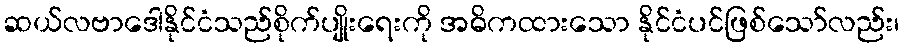
ဆယ်လဗာဒေါနိုင်ငံသည်စိုက်ပျိုးရေးကို အဓိကထားသော နိုင်ငံပင်ဖြစ်သော်လည်း၊